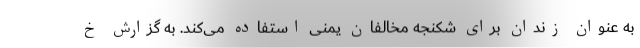
به عنوان زندان برای شکنجه مخالفان یمنی استفاده می‌کند. به گزارش خ